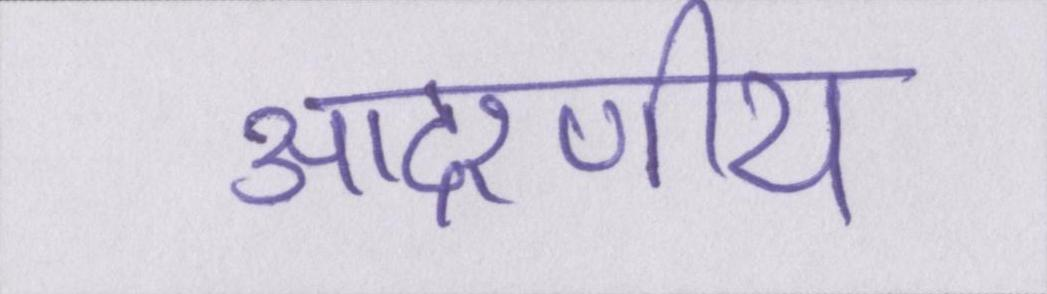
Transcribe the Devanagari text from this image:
आदरणीय